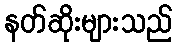
နတ်ဆိုးများသည်